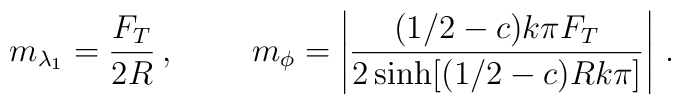
m_{\lambda_1}=\frac{F_T}{2R}\, , \ \ \ \ \ \ \ m_\phi=\left|\frac{(1/2-c)k\pi F_T}{2\sinh[(1/2-c)Rk\pi]}\right|\, .